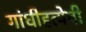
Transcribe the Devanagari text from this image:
गांधीहत्येची